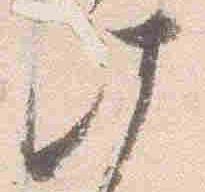
此